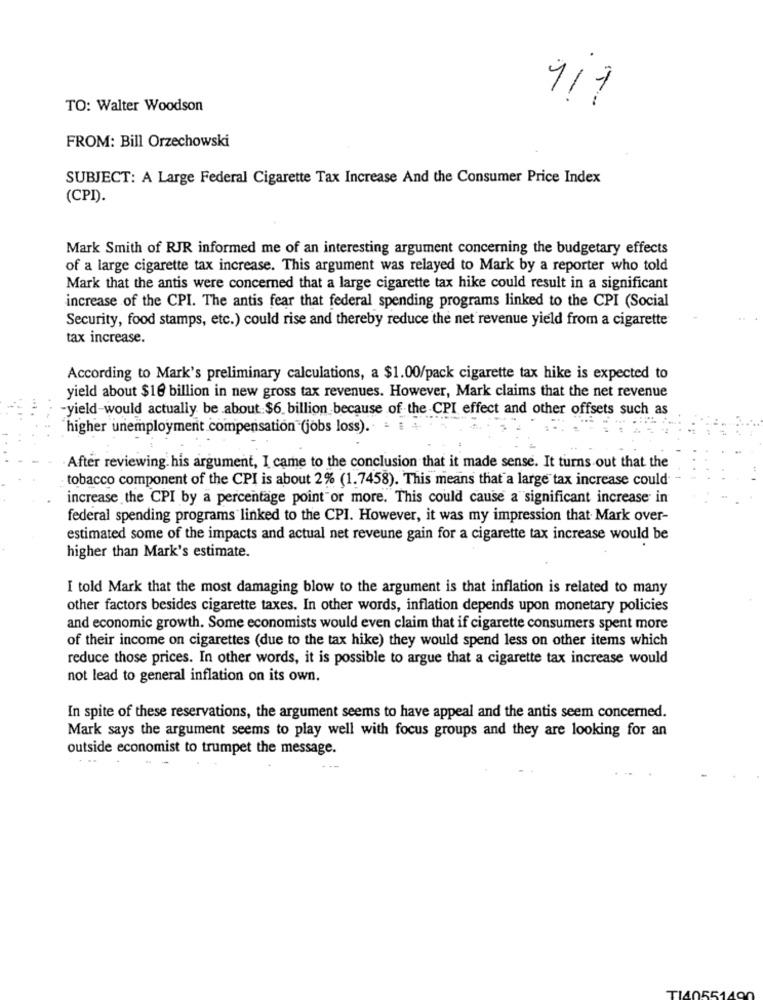
117
TO: Walter Woodson
FROM: Bill Orzechowski
SUBJECT: A Large Federal Cigarette Tax Increase And the Consumer Price Index
(CPI).
Mark Smith of RJR informed me of an interesting argument concerning the budgetary effects
of a large cigarette tax increase. This argument was relayed to Mark by a reporter who told
Mark that the antis were concerned that a large cigarette tax hike could result in a significant
increase of the CPI. The antis fear that federal spending programs linked to the CPI (Social
Security, food stamps, etc.) could rise and thereby reduce the net revenue yield from a cigarette
tax increase.
According to Mark's preliminary calculations, a $1.00/pack cigarette tax hike is expected to
yield about $19 billion in new gross tax revenues. However, Mark claims that the net revenue
-yield-would actually be about $6 billion because of the CPI effect and other offsets such as
higher unemployment compensation (jobs loss).
After reviewing. his argument, I came to the conclusion that it made sense. It turns out that the
tobacco component of the CPI is about 2% (1.7458). This means that a large tax increase could
increase the CPI by a percentage point or more. This could cause a significant increase in
federal spending programs linked to the CPI. However, it was my impression that Mark over-
estimated some of the impacts and actual net reveune gain for a cigarette tax increase would be
higher than Mark's estimate.
I told Mark that the most damaging blow to the argument is that inflation is related to many
other factors besides cigarette taxes. In other words, inflation depends upon monetary policies
and economic growth. Some economists would even claim that if cigarette consumers spent more
of their income on cigarettes (due to the tax hike) they would spend less on other items which
reduce those prices. In other words, it is possible to argue that a cigarette tax increase would
not lead to general inflation on its own.
In spite of these reservations, the argument seems to have appeal and the antis seem concerned.
Mark says the argument seems to play well with focus groups and they are looking for an
outside economist to trumpet the message.
TI405514